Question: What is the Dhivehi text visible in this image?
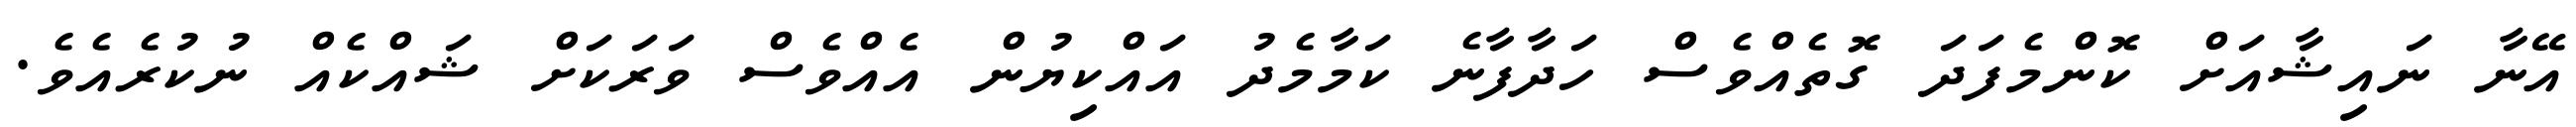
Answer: އޭނާ ނައިޝާއަށް ކޮންމެފަދަ ގޮތެއްވެސް ހަދާފާނެ ކަމާމެދު އައްކިޔުން އެއްވެސް ވަރަކަށް ޝައްކެއް ނުކުރެއެވެ.